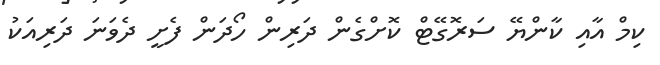
ކިމް އާއި ކާންޔޭ ސަރޮގޭޓް ކޮށްގެން ދަރިން ހޯދަން ފެށީ ދެވަނަ ދަރިއަކު